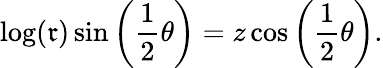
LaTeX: \log(\mathfrak{r})\sin\left({\frac{{1}}{{2}}}\theta\right)=z\cos\left({\frac{{1}}{{2}}}\theta\right).